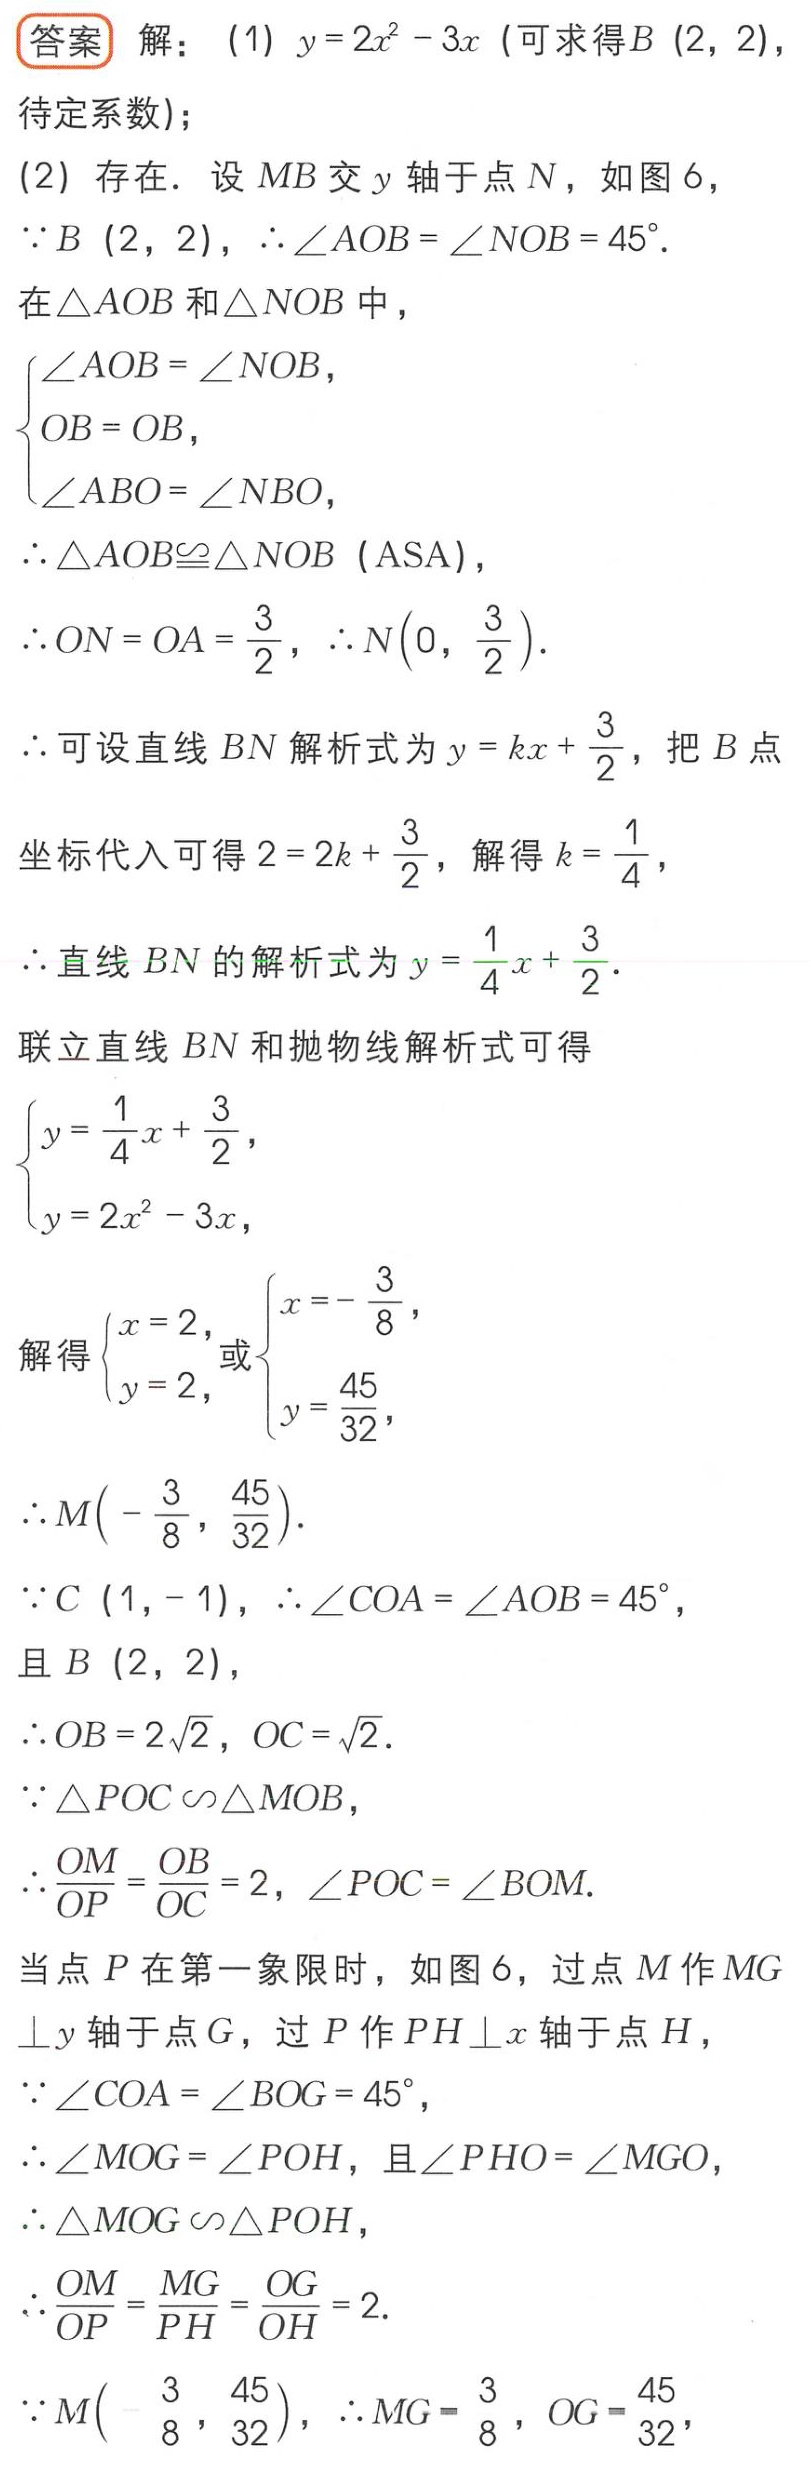
\begin{document}
答案 解：(1) \(y = 2x^{2}-3x\) (可求得\(B(2,2)\)，待定系数)；
(2) 存在. 设 \(MB\) 交 \(y\) 轴于点 \(N\)，如图6，
\(\because B(2,2)\)，\(\therefore\angle AOB=\angle NOB = 45^{\circ}\).
在\(\triangle AOB\)和\(\triangle NOB\)中，
\(\begin{cases}
\angle AOB=\angle NOB,\\
OB = OB,\\
\angle ABO=\angle NBO,
\end{cases}\)
\(\therefore\triangle AOB\cong\triangle NOB\) (\(ASA\))，
\(\therefore ON = OA=\frac{3}{2}\)，\(\therefore N(0,\frac{3}{2})\).
\(\therefore\)可设直线 \(BN\) 解析式为 \(y = kx+\frac{3}{2}\)，把 \(B\) 点坐标代入可得 \(2 = 2k+\frac{3}{2}\)，解得 \(k=\frac{1}{4}\)，
\(\therefore\)直线 \(BN\) 的解析式为 \(y=\frac{1}{4}x+\frac{3}{2}\).
联立直线 \(BN\) 和抛物线解析式可得
\(\begin{cases}
y=\frac{1}{4}x+\frac{3}{2},\\
y = 2x^{2}-3x,
\end{cases}\)
解得\(\begin{cases}x = 2,\\y = 2,\end{cases}\)或\(\begin{cases}x=-\frac{3}{8},\\y=\frac{45}{32},\end{cases}\)
\(\therefore M(-\frac{3}{8},\frac{45}{32})\).
\(\because C(1,-1)\)，\(\therefore\angle COA=\angle AOB = 45^{\circ}\)，且 \(B(2,2)\)，
\(\therefore OB = 2\sqrt{2}\)，\(OC=\sqrt{2}\).
\(\because\triangle POC\sim\triangle MOB\)，
\(\therefore\frac{OM}{OP}=\frac{OB}{OC}=2\)，\(\angle POC=\angle BOM\).
当点 \(P\) 在第一象限时，如图6，过点 \(M\) 作 \(MG\perp y\) 轴于点 \(G\)，过 \(P\) 作 \(PH\perp x\) 轴于点 \(H\)，
\(\because\angle COA=\angle BOG = 45^{\circ}\)，
\(\therefore\angle MOG=\angle POH\)，且\(\angle PHO=\angle MGO\)，
\(\therefore\triangle MOG\sim\triangle POH\)，
\(\therefore\frac{OM}{OP}=\frac{MG}{PH}=\frac{OG}{OH}=2\).
\(\because M(-\frac{3}{8},\frac{45}{32})\)，\(\therefore MG=\frac{3}{8}\)，\(OG=\frac{45}{32}\)，
\end{document}